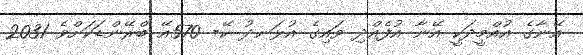
އޭނާގެ އުއްމީދަކީ އޭނާ އުފެއްދި ވައިގެ އުޅަނދު ކޭ- 570އޭ ބްރޭންޑަކަށްވެ 2031